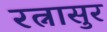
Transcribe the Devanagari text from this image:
रत्नासुर